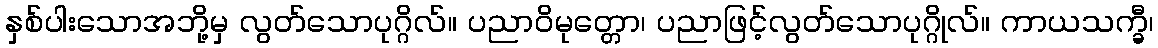
နှစ်ပါးသောအဘို့မှ လွတ်သောပုဂ္ဂိလ်။ ပညာဝိမုတ္တော၊ ပညာဖြင့်လွတ်သောပုဂ္ဂိုလ်။ ကာယသက္ခီ၊